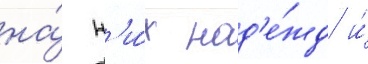
на́ н'и́х над'е́жд и́